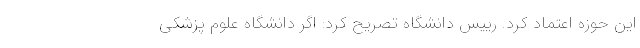
این حوزه اعتماد کرد. رییس دانشگاه تصریح کرد: اگر دانشگاه علوم پزشکی